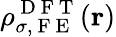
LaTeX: \rho_{\sigma,\mathrm{~F~E~}}^{\mathrm{~D~F~T~}}(\boldsymbol{\textbf{r}})